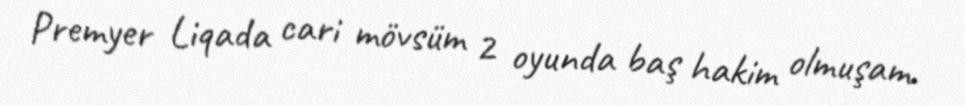
Premyer Liqada cari mövsüm 2 oyunda baş hakim olmuşam.